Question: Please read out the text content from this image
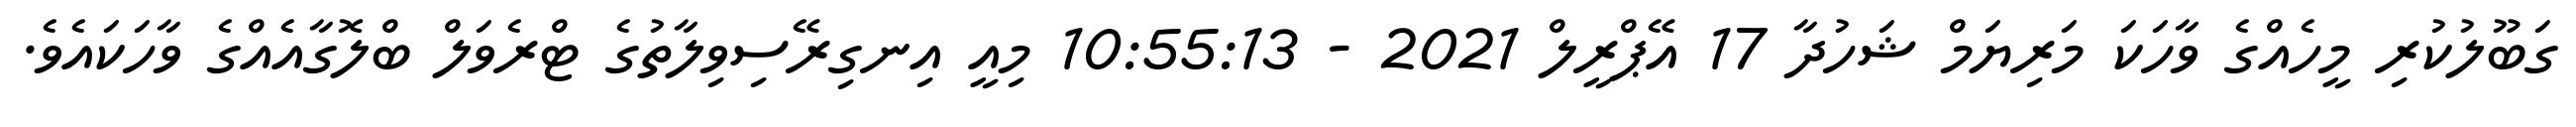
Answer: ގަބޫލުކުރި މީހެއްގެ ވާހަކަ މަރިޔަމް ޝަހުދާ 17 އޭޕްރީލް 2021 - 10:55:13 މިއީ އިނގިރޭސިވިލާތުގެ ޓްރެވަލް ބްލޮގާއެއްގެ ވާހަކައެވެ.